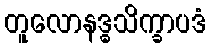
တူလောနဒ္ဓသိက္ခာပဒံ